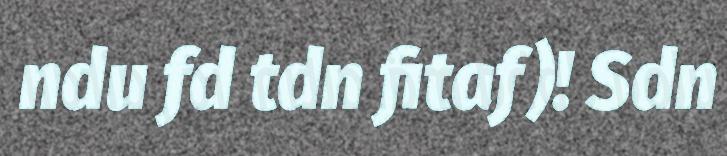
ndu fd tdn fitaf)! Sdn